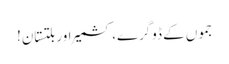
جموں کے ڈوگرے، کشمیر اور بلتستان!